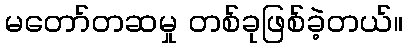
မတော်တဆမှု တစ်ခုဖြစ်ခဲ့တယ်။